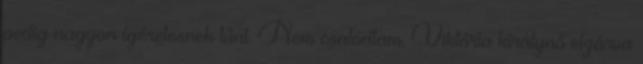
pedig nagyon ígéretesnek tűnt. Nem csalódtam. Viktória királynő elzárva